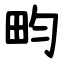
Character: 畇